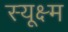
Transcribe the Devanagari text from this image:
स्यूक्ष्म